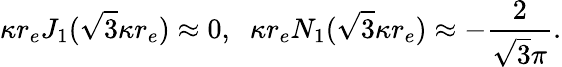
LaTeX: \kappa r_{e}J_{1}(\sqrt{3}\kappa r_{e})\approx 0,\; \; \kappa r_{e}N_{1}(\sqrt{3}\kappa r_{e})\approx-\frac{2}{\sqrt{3}\pi}.